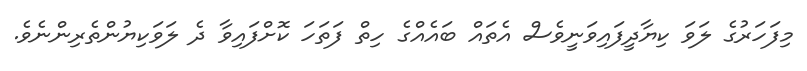
މިފަހަރުގެ ލަވަ ކިޔާދީފައިވަނީވެސް އެތައް ބައެއްގެ ހިތް ފަތަހަ ކޮށްފައިވާ ދެ ލަވަކިޔުންތެރިންނެވެ.